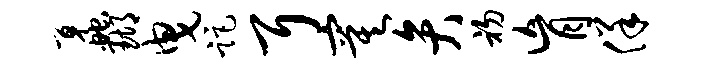
蠡瑚曳距耳寞弁初肓佯